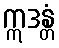
ဣဒန္တံ